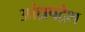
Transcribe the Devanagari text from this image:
आंध्रपद्रेश